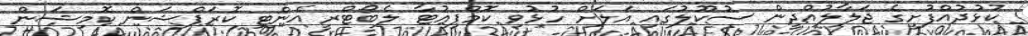
ކުޅުދުއްފުށީގެ ޖަލާލުއްދީން ސުކޫލުގައި އަލަށް ހުޅުވި ކޮމްޕިއުޓާ ލެބޯޓްރީ އެންޓި ކޮރަޕްޝަން ކޮމިޝަން